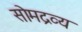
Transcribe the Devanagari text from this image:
सोमद्रव्य